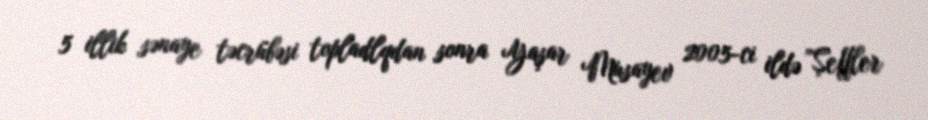
5 illik sənaye təcrübəsi topladlqdan sonra Yaşar Musayev 2005-ci ildə "Şeffler